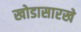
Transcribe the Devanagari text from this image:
खोडासारखे